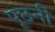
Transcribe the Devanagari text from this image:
पूछनी